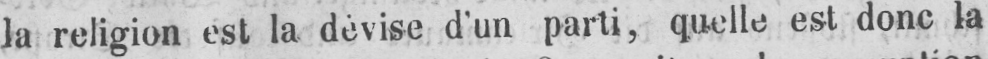
la religion est la dévise d’un parti, quelle est donc la